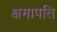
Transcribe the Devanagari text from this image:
क्षमापति